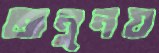
অনুনয়